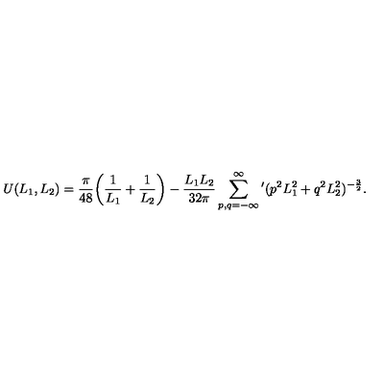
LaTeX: U ( L _ { 1 } , L _ { 2 } ) = \frac { \pi } { 4 8 } \biggl ( \frac { 1 } { L _ { 1 } } + \frac { 1 } { L _ { 2 } } \biggr ) - \frac { L _ { 1 } L _ { 2 } } { 3 2 \pi } \sum _ { p , q = - \infty } ^ { \infty } ^ { \prime } ( p ^ { 2 } L _ { 1 } ^ { 2 } + q ^ { 2 } L _ { 2 } ^ { 2 } ) ^ { - \frac { 3 } { 2 } } .